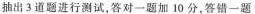
抽出3道题进行测试，答对一题加10分，答错一题